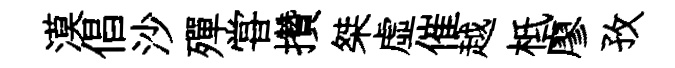
漠倡沙殫甞攢桀虛催越柢廖孜